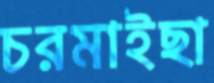
চরমাইছা